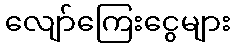
လျော်ကြေးငွေများ